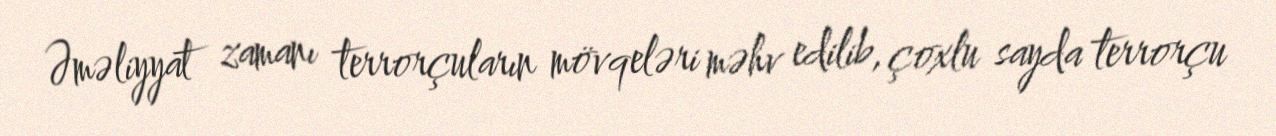
Əməliyyat zamanı terrorçuların mövqeləri məhv edilib, çoxlu sayda terrorçu